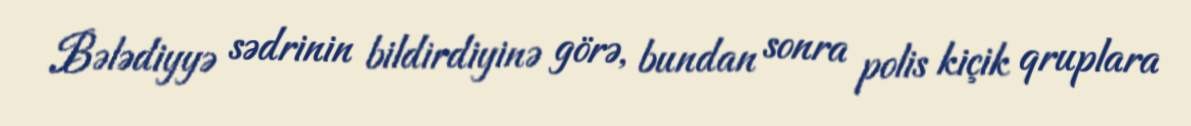
Bələdiyyə sədrinin bildirdiyinə görə, bundan sonra polis kiçik qruplara